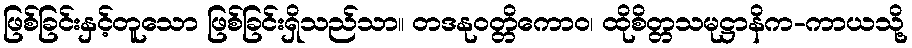
ဖြစ်ခြင်းနှင့်တူသော ဖြစ်ခြင်းရှိသည်သာ။ တဒနုဝတ္တိကောဝ၊ ထိုစိတ္တသမုဋ္ဌာနိက-ကာယသို့